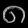
Digit: ၈